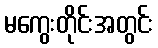
မကွေးတိုင်းအတွင်း